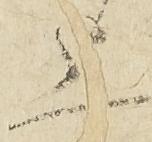
上